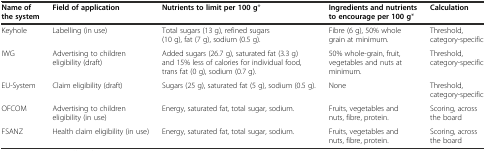
<table><thead><tr><td><b>Name of the system</b></td><td><b>Field of application</b></td><td><b>Nutrients to limit per 100 g*</b></td><td><b>Ingredients and nutrients to encourage per 100 g*</b></td><td><b>Calculation</b></td></tr></thead><tbody><tr><td>Keyhole</td><td>Labelling (in use)</td><td>Total sugars (13 g), refined sugars (10 g), fat (7 g), sodium (0.5 g).</td><td>Fibre (6 g), 50% whole grain at minimum.</td><td>Threshold, category-specific</td></tr><tr><td>IWG</td><td>Advertising to children eligibility (draft)</td><td>Added sugars (26.7 g), saturated fat (3.3 g) and 15% less of calories for individual food, trans fat (0 g), sodium (0.7 g).</td><td>50% whole-grain, fruit, vegetables and nuts at minimum.</td><td>Threshold, category-specific</td></tr><tr><td>EU-System</td><td>Claim eligibility (draft)</td><td>Sugars (25 g), saturated fat (5 g), sodium (0.5 g).</td><td>None</td><td>Threshold, category-specific</td></tr><tr><td>OFCOM</td><td>Advertising to children eligibility (in use)</td><td>Energy, saturated fat, total sugar, sodium.</td><td>Fruits, vegetables and nuts, fibre, protein.</td><td>Scoring, across the board</td></tr><tr><td>FSANZ</td><td>Health claim eligibility (in use)</td><td>Energy, saturated fat, total sugar, sodium.</td><td>Fruits, vegetables and nuts, fibre, protein.</td><td>Scoring, across the board</td></tr></tbody></table>